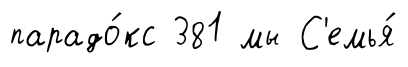
парадо́кс 381 мы С'емья́